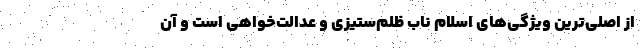
از اصلی‌ترین ویژگی‌های اسلام ناب ظلم‌ستیزی و عدالت‌خواهی است و آن